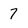
Character: 7